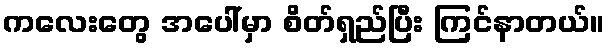
ကလေးတွေ အပေါ်မှာ စိတ်ရှည်ပြီး ကြင်နာတယ်။